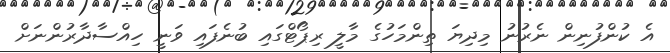
އެ ކުންފުނިން ނެރުނު މިދިޔަ ތިންމަހުގެ މާލީ ރިޕޯޓްގައި ބުނެފައި ވަނީ ހިއްސާދާރުންނަށް